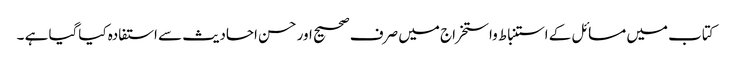
کتاب میں مسائل کے استنباط واستخراج میں صرف صحیح اور حسن احادیث سے استفادہ کیاگیا ہے ۔